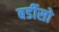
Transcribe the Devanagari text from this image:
बर्डीसो